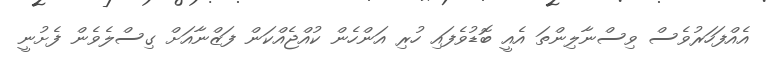
އެއްފަހަރުވެސް ވިސްނާލިންތަ އެއީ ބޮޑުވެފައި ހުރި އަންހެން ކުއްޖެއްކަން ފަޒްނާއަށް ގިސްލެވެން ފެށުނީ